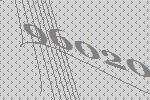
96020